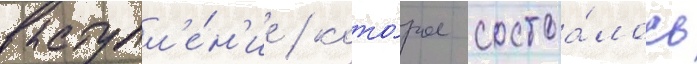
выступл'е́н'ие / кото́рое состоа́лось